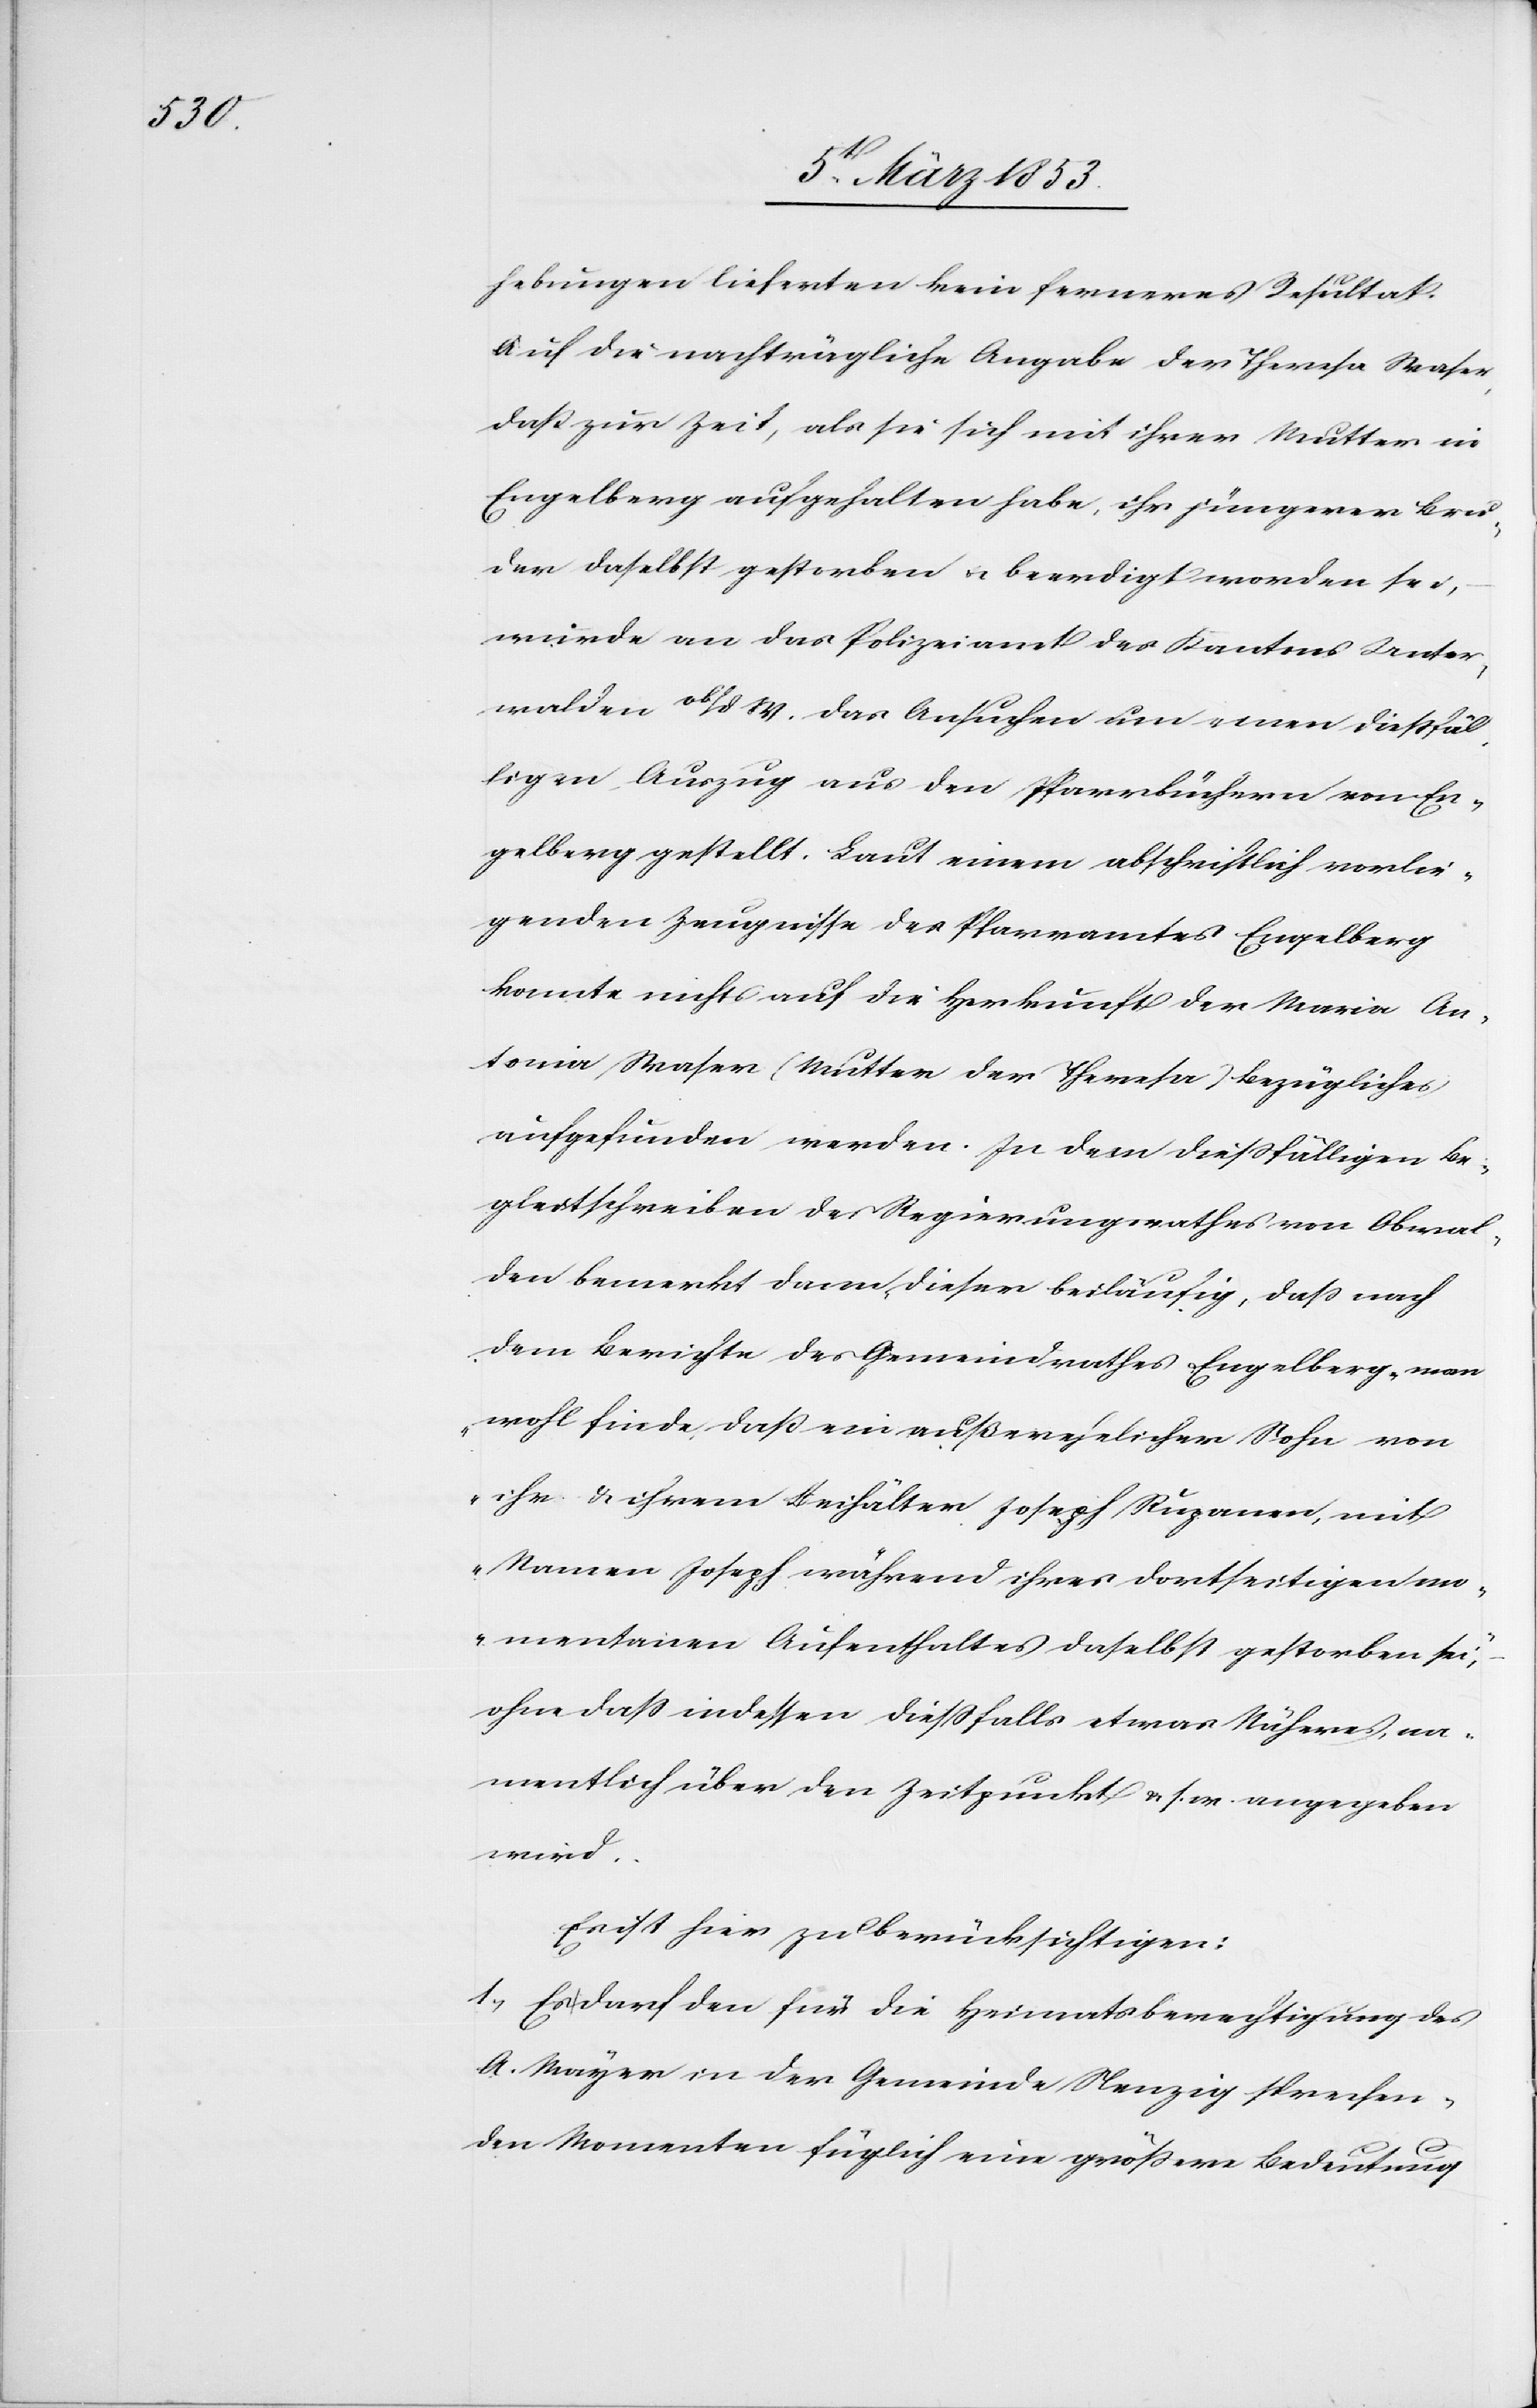
hebungen lieferten kein ferneres Resultat.
Auf die nachträgliche Angabe der Theresa Waser
daß zur Zeit, als sie sich mit ihrer Mutter in
Engelberg aufgehalten habe, ihr jüngerer Bru¬
der daselbst gestorben u. beerdigt worden sei,
wurde an das Polizeiamt des Kantons Unter¬
walden ob/d W. das Gesuch um einen dießfäl¬
ligen Auszug aus den Pfarrbüchern von En¬
gelberg gestellt. Laut einem abschriftlich vorlie¬
genden Zeugnisse des Pfarramtes Engelberg
konnte nichts auf die Herkunft der Maria An¬
tonia Waser (Mutter der Theresa) bezügliches
aufgefunden werden. In dem dießfälligen Be¬
gleitschreiben des Regierungsrathes von Obwal¬
den bemerkt dann, dieser beiläufig, daß nach
dem Berichte des Gemeindrathes Engelberg, man
wohl finde, daß ein außerehelicher Sohn von
ihr u. ihrem Beihälter Joseph Rupanen, mit
Namen Joseph während ihres dortseitigen mo¬
mentanen Aufenthaltes daselbst gestorben sei,
ohne daß indessen dießfalls etwas Näheres na¬
mentlich über den Zeitpunkt u. s. w. angegeben
wird.
Es ist hier zu berücksichtigen:
1, Es darf den für die Heimatsberechtigung des
A. Mayer in der Gemeinde Nenzig sprechen¬
den Momenten füglich eine größere Bedeutung